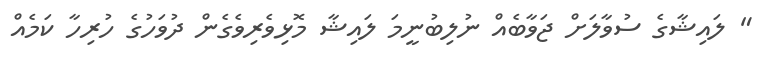
" ލައިޝާގެ ސުވާލަށް ޖަވާބެއް ނުލިބުނީމަ ލައިޝާ މޮޅިވެރިވެގެން ދުވަހުގެ ހުރިހާ ކަމެއް